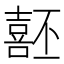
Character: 噽